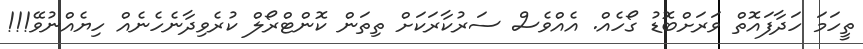
ތީހަމަ ހަދާފައޮތް ވަރަށްބޮޑު ގޯހެއް. އެއްވެސް ސަރުކާރަކަށް ތިތަން ކޮންޓްރޯލް ކުރެވިދާނެހެނެއް ހިޔެއްނުވޭ!!!